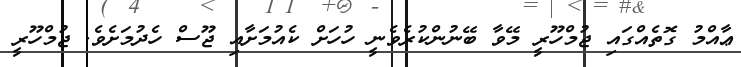
ޢާއްމު ގޮތެއްގައި ޖުމްހޫރީ މޭވާ ބޭނުންކުރެވެނީ ހުހަށް ކެއުމަށާއި ޖޫސް ހެދުމަށެވެ. ޖުމްހޫރީ